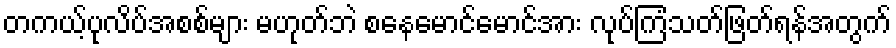
တကယ့်ပုလိပ်အစစ်များ မဟုတ်ဘဲ စနေမောင်မောင်အား လုပ်ကြံသတ်ဖြတ်ရန်အတွက်